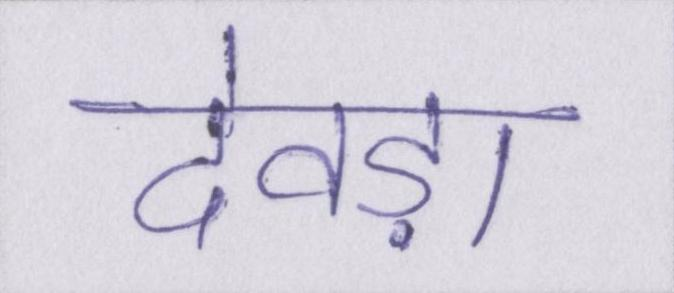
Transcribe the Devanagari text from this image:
देवड़ा